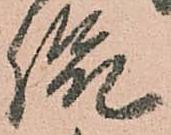
侃